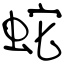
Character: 蛇